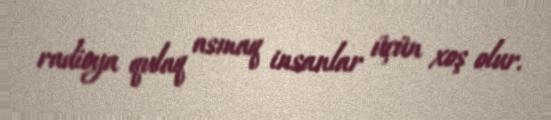
radioya qulaq asmaq insanlar üçün xoş olur.